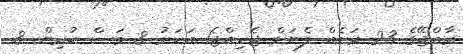
ރާއްޖޭގެ 23 ރަށެއް ފެނަށް ޖެހިއްޖެ1 އަހަރު 8 މަސް ކުރިން. 8